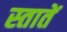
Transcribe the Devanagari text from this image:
स्तातें